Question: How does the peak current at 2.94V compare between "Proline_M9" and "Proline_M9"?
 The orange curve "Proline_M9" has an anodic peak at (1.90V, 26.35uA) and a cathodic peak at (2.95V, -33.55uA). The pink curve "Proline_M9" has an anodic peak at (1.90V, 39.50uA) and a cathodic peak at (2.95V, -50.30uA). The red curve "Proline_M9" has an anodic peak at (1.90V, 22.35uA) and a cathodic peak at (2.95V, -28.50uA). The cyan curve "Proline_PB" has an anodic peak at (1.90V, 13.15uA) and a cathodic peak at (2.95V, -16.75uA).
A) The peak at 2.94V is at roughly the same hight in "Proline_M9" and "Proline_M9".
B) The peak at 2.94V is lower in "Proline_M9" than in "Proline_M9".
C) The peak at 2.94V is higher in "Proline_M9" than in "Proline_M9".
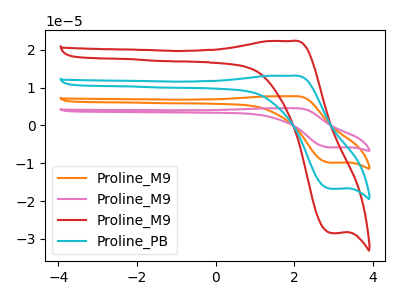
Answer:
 <answer>B) The peak at 2.94V is lower in "Proline_M9" than in "Proline_M9".</answer>
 <eval>B</eval>